Eesti_Rahvusfond, lk 67
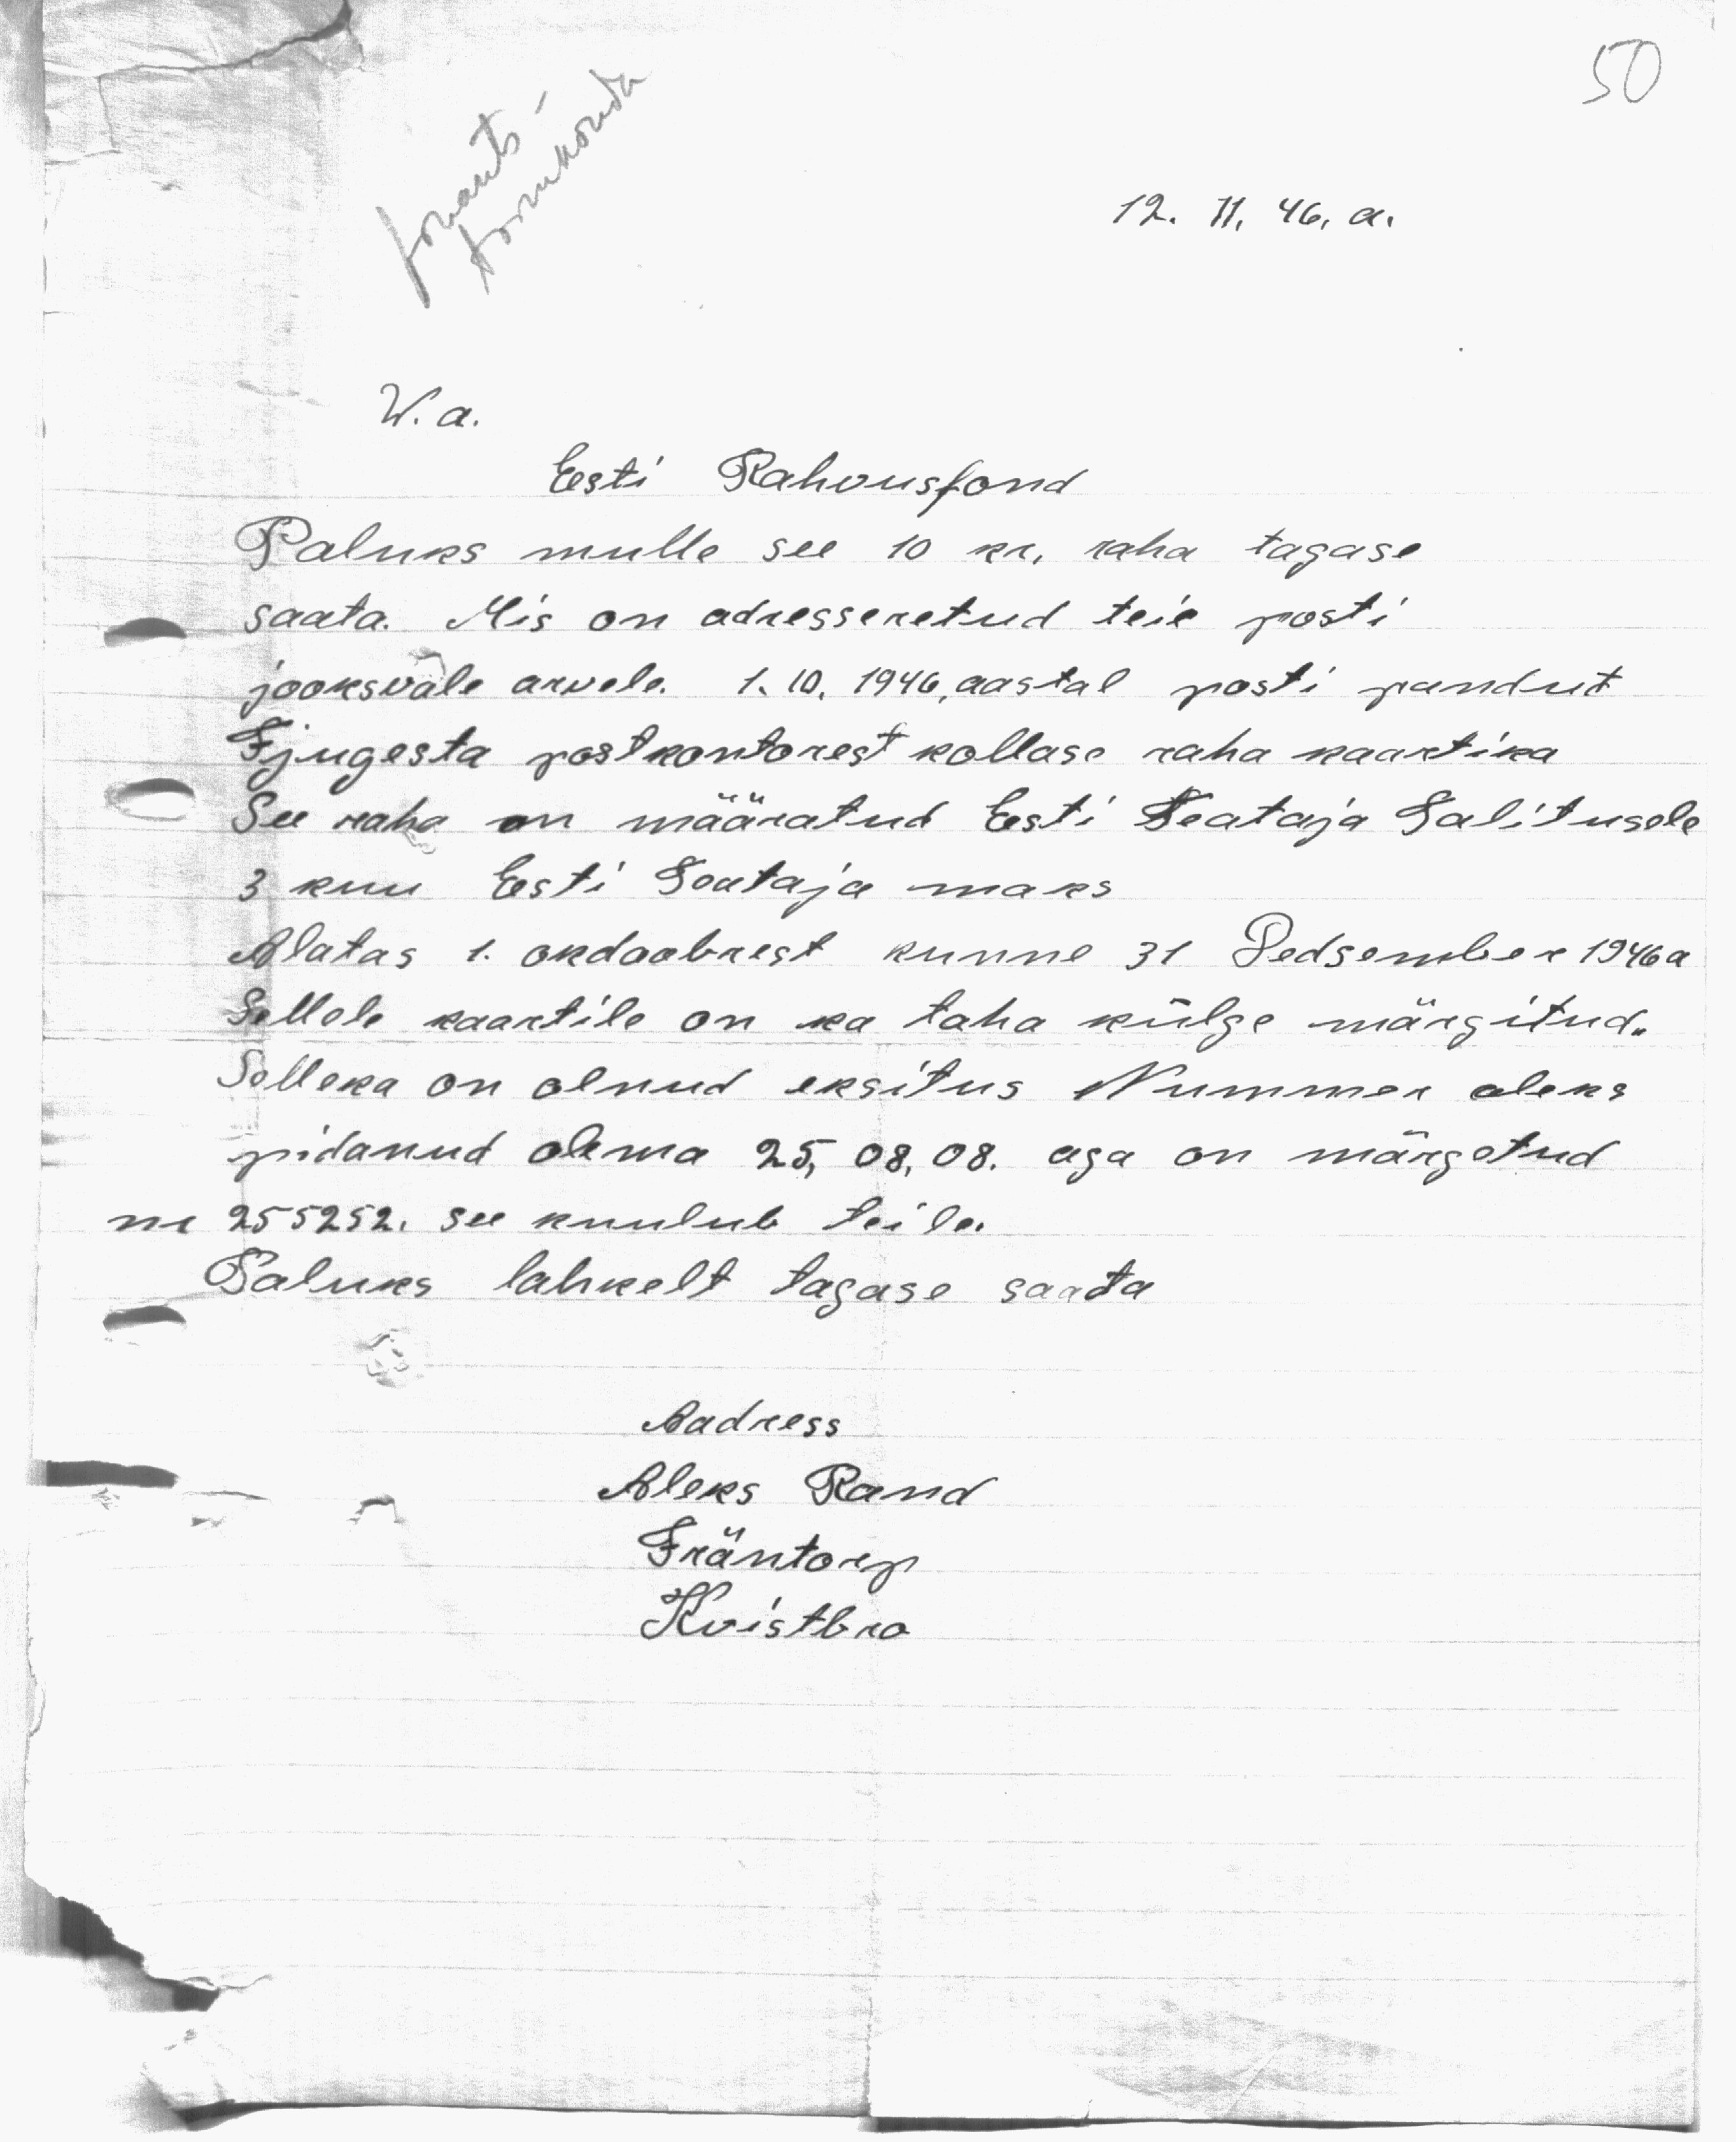
50

12. 11, 46. a.

W. a.
Eesti Rahvusfond
Paluks mulle see 10 kr. raha tagase
saata. Mis on adresseretud teie posti
jooksvale arvele. 1.10. 1946, aastal posti pandut
Fijugesta postkontorest kollase raha kaartika
See raha on maaratud Eesti Teataja Talitusele
3 kuu Eesti Teataja maks
Alatas 1. okdoobrest kunne 31 Dedsember 1946a
Sellele kaartile on ka taha külge märgitud.
Selleka on olnud eksitus Nummer oleks
pidanud olema 25, 08,08. aga on märgotud
nr 255252. see kuulub teile.
Paluks lahkelt tagase saata
Aadress
Aleks Rand
Fräntorp
Kvistbro